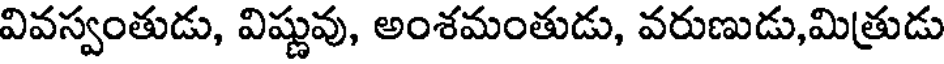
వివస్వంతుడు, విష్ణువు, అంశమంతుడు, వరుణుడు,మిత్రుడు